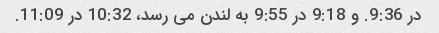
در 9:36. و 9:18 در 9:55 به لندن می رسد، 10:32 در 11:09.